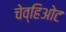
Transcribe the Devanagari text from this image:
चेव्हिओट